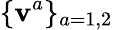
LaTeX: \{ \mathbf{v}^{a}\} _{a=1,2}